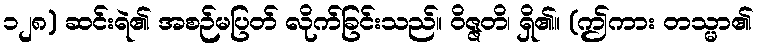
၁၂၈) ဆင်းရဲ၏ အစဉ်မပြတ် လိုက်ခြင်းသည်။ ဝိဇ္ဇတိ၊ ရှိ၏။ (ဤကား တသ္မာ၏